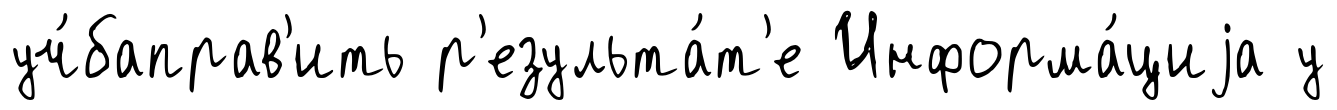
уч́баправ'ить р'езульта́т'е Информа́циjа у